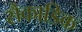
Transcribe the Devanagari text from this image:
सैकाडिक